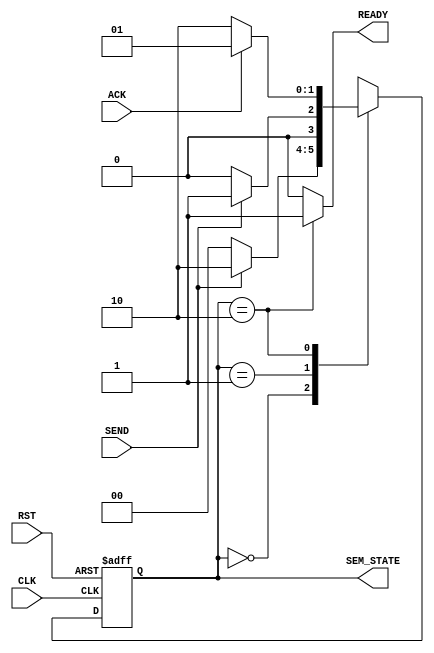

// Created by fizzim.pl version 4.41 on 2013:08:22 at 15:44:40 (www.fizzim.com)

module sem_cmds (
  output reg READY,
  output [1:0] SEM_STATE,
  input ACK,
  input CLK,
  input RST,
  input SEND 
);
  
  // state bits
  parameter 
  Idle  = 2'b00, 
  Empty = 2'b01, 
  Ready = 2'b10; 
  
  reg [1:0] state;
  reg [1:0] nextstate;
  
  assign SEM_STATE = state;
  
  // comb always block
  always @* begin
    nextstate = 2'bxx; // default to x because default_state_is_x is set
    READY = 0; // default
    case (state)
      Idle : if (SEND)   nextstate = Ready;
             else        nextstate = Idle;
      Empty: if (!SEND)  nextstate = Idle;
             else        nextstate = Empty;
      Ready: begin
                         READY = 1;
        if      (ACK)    nextstate = Empty;
        else             nextstate = Ready;
      end
    endcase
  end
  
  // Assign reg'd outputs to state bits
  
  // sequential always block
  always @(posedge CLK or posedge RST) begin
    if (RST)
      state <= Idle;
    else
      state <= nextstate;
  end
  
  // This code allows you to see state names in simulation
  `ifndef SYNTHESIS
  reg [39:0] statename;
  always @* begin
    case (state)
      Idle :   statename = "Idle";
      Empty:   statename = "Empty";
      Ready:   statename = "Ready";
      default: statename = "XXXXX";
    endcase
  end
  `endif

endmodule